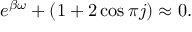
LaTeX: e ^ { \beta \omega } + ( 1 + 2 \cos \pi j ) \approx 0 .